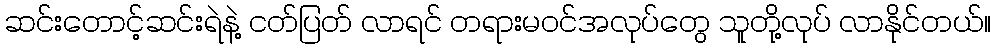
ဆင်းတောင့်ဆင်းရဲနဲ့ ငတ်ပြတ် လာရင် တရားမဝင်အလုပ်တွေ သူတို့လုပ် လာနိုင်တယ်။